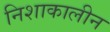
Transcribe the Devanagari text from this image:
निशाकालीन